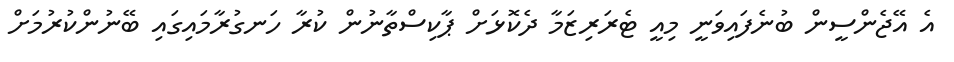
އެ އޭޖެންސީން ބުނެފައިވަނީ މިއީ ޓެރަރިޒަމާ ދެކޮޅަށް ޕާކިސްތާނުން ކުރާ ހަނގުރާމައިގައި ބޭނުންކުރުމަށް